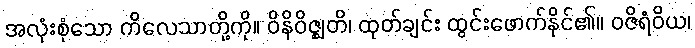
အလုံးစုံသော ကိလေသာတို့ကို။ ဝိနိဝိဇ္ဈတိ၊ ထုတ်ချင်း ထွင်းဖောက်နိုင်၏။ ဝဇိရံဝိယ၊